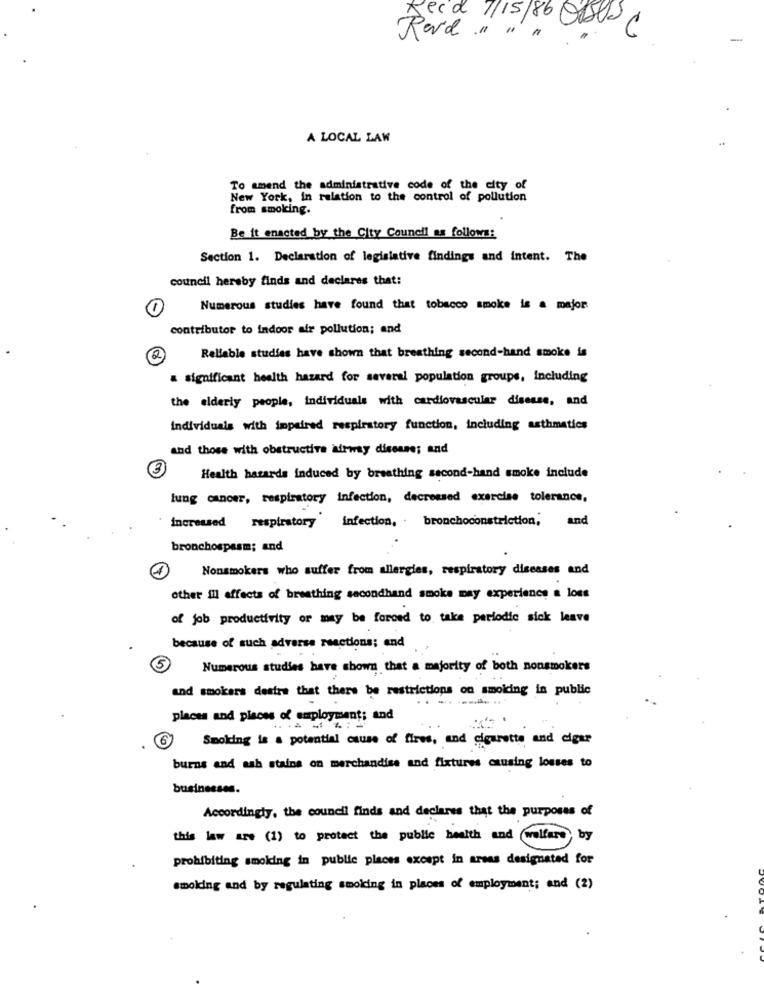
Decd 7/15/86 000
Rard." " " .
A LOCAL LAW
To amend the administrative code of the city of
New York, in relation to the control of pollution
from smoking.
Be it enacted by the City Council as follows:
Section 1. Declaration of legislative findings and intent. The
council hereby finds and declares that:
-
Numerous studies have found that tobacco smoke is a major
contributor to indoor air pollution; and
Reliable studies have shown that breathing second-hand smoke is
2
a significant health hazard for several population groups, including
the elderly people, individuals with cardiovascular disease, and
Individuals with impaired respiratory function, including asthmatics
and those with obstructive airway disease; and
Health hazards induced by breathing second-hand smoke include
lung cancer, respiratory infection, decrossed exercise tolerance,
infection, . bronchoconstriction,
and
increased respiratory
bronchospasm; and
Nonsmokers who suffer from allergies, respiratory diseases and
other ill effects of breathing secondhand smoke may experience a loss
of job productivity or may be forced to take periodic sick leave
because of such adverse reactions; and
5
Numerous studies have shown that a majority of both nonsmokers
and smokers destre that there be restrictions on smoiding in public
places and places of employment; and
6
Smoking is a potential cause of fires, and cigaretta and cigar
burns and ash stains on merchandise and fixtures causing losses to
businesses.
Accordingly, the council finds and declares that the purposes of
this law are (1) to protect the public health and welfare,
prohibiting smoking in public places except in areas designated for
smoking and by regulating smoking in places of employment; and (2)